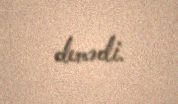
demədi.